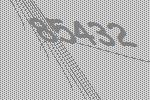
85432